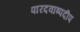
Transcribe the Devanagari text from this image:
पारदवाष्पदीप